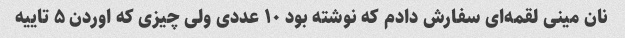
نان مینی لقمه‌ای سفارش دادم که نوشته بود ۱۰ عددی ولی چیزی که اوردن ۵ تاییه